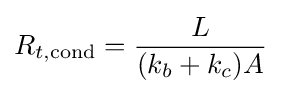
{R_{t,{\rm {cond}}}={L \over (k_{b}+k_{c})A}}